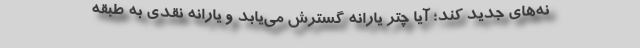
نه‌های جدید کند؛ آیا چتر یارانه گسترش می‌یابد و یارانه نقدی به طبقه